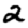
Digit: 2